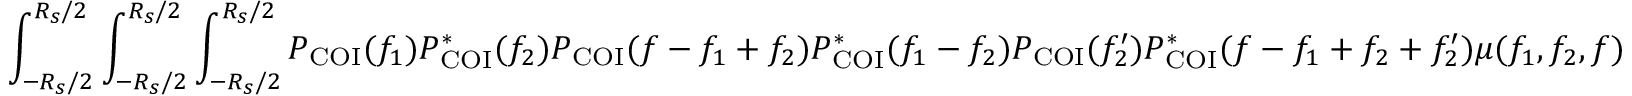
\int _ { - R _ { s } / 2 } ^ { R _ { s } / 2 } \int _ { - R _ { s } / 2 } ^ { R _ { s } / 2 } \int _ { - R _ { s } / 2 } ^ { R _ { s } / 2 } P _ { \mathrm { C O I } } ( f _ { 1 } ) P _ { \mathrm { C O I } } ^ { \ast } ( f _ { 2 } ) P _ { \mathrm { C O I } } ( f - f _ { 1 } + f _ { 2 } ) P _ { \mathrm { C O I } } ^ { \ast } ( f _ { 1 } - f _ { 2 } ) P _ { \mathrm { C O I } } ( f _ { 2 } ^ { \prime } ) P _ { \mathrm { C O I } } ^ { \ast } ( f - f _ { 1 } + f _ { 2 } + f _ { 2 } ^ { \prime } ) \mu ( f _ { 1 } , f _ { 2 } , f )